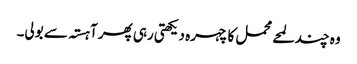
وہ چند لمحے محمل کا چہرہ دیکھتی رہی پھر آہستہ سے بولی۔